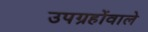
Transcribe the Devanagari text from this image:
उपग्रहोंवाले